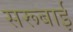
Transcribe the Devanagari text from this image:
सरूबाई